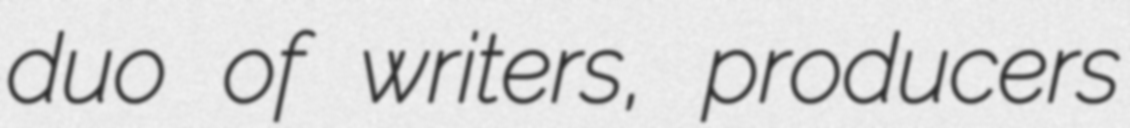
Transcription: duo of writers, producers